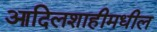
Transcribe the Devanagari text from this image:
आदिलशाहीमधील